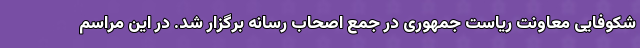
شکوفایی معاونت ریاست جمهوری در جمع اصحاب رسانه برگزار شد. در این مراسم